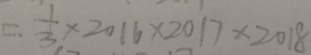
= \frac { 1 } { 3 } \times 2 0 1 6 \times 2 0 1 7 \times 2 0 1 8